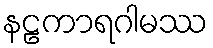
နဠကာရဂါမဿ